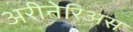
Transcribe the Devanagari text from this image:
अरीनेरिअस